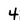
Character: 4